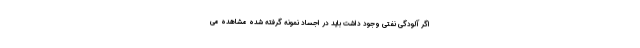
اگر آلودگی نفتی وجود داشت باید در اجساد نمونه گرفته شده مشاهده می